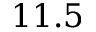
1 1 . 5